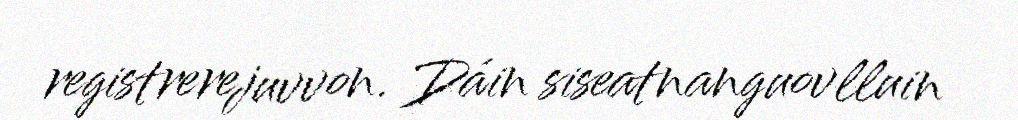
registrerejuvvon. Dáin siseatnanguovlluin